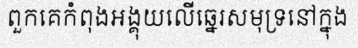
ពួកគេកំពុងអង្គុយលើឆ្នេរសមុទ្រនៅក្នុង